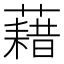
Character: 藉